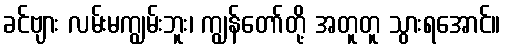
ခင်ဗျား လမ်းမကျွမ်းဘူး၊ ကျွန်တော်တို့ အတူတူ သွားရအောင်။